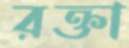
রক্তা